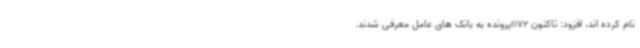
نام کرده اند، افزود: تاکنون 1172پرونده به بانک های عامل معرفی شدند.